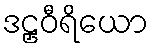
ဒဠှဝီရိယော